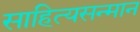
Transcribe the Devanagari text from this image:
साहित्यसन्मान